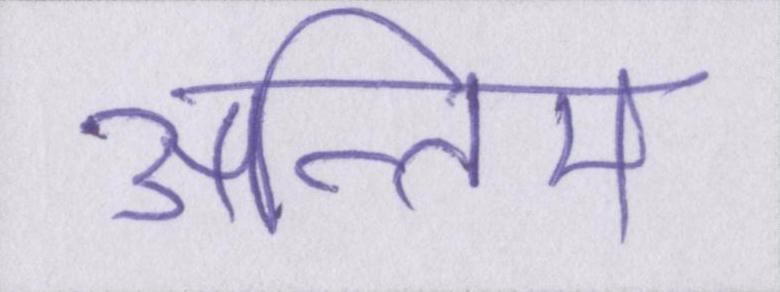
अन्तिम